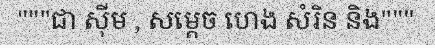
"""ជា ស៊ីម , សម្តេច ហេង សំរិន និង"""